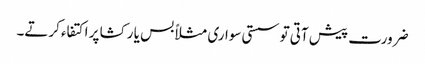
ضرورت پیش آتی تو سستی سواری مثلاً بس یا رکشا پر اکتفاء کرتے۔